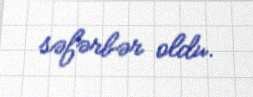
səfərbər oldu.